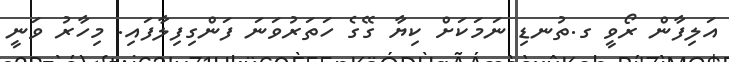
އަލިފާން ރޯވީ ގ.ތުނޑި ނަމަކަށް ކިޔާ ގޭގެ ހަތަރުވަނަ ފަންގިފިލާފައި. މިހާރު ވަނީ